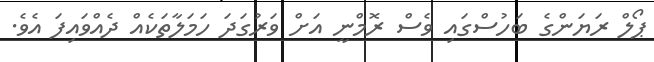
ޕޯލް ރަޔަންގެ ބަހުސްގައި ވެސް ރޮމްނީ އަށް ވަރުގަދަ ހަމަލާތަކެއް ދެއްވައިފަ އެވެ.